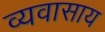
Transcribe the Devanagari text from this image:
व्यवासाय